65_HS1-834228961_62-HQ-83894_Serial_130
Agency: FBI
Page 97
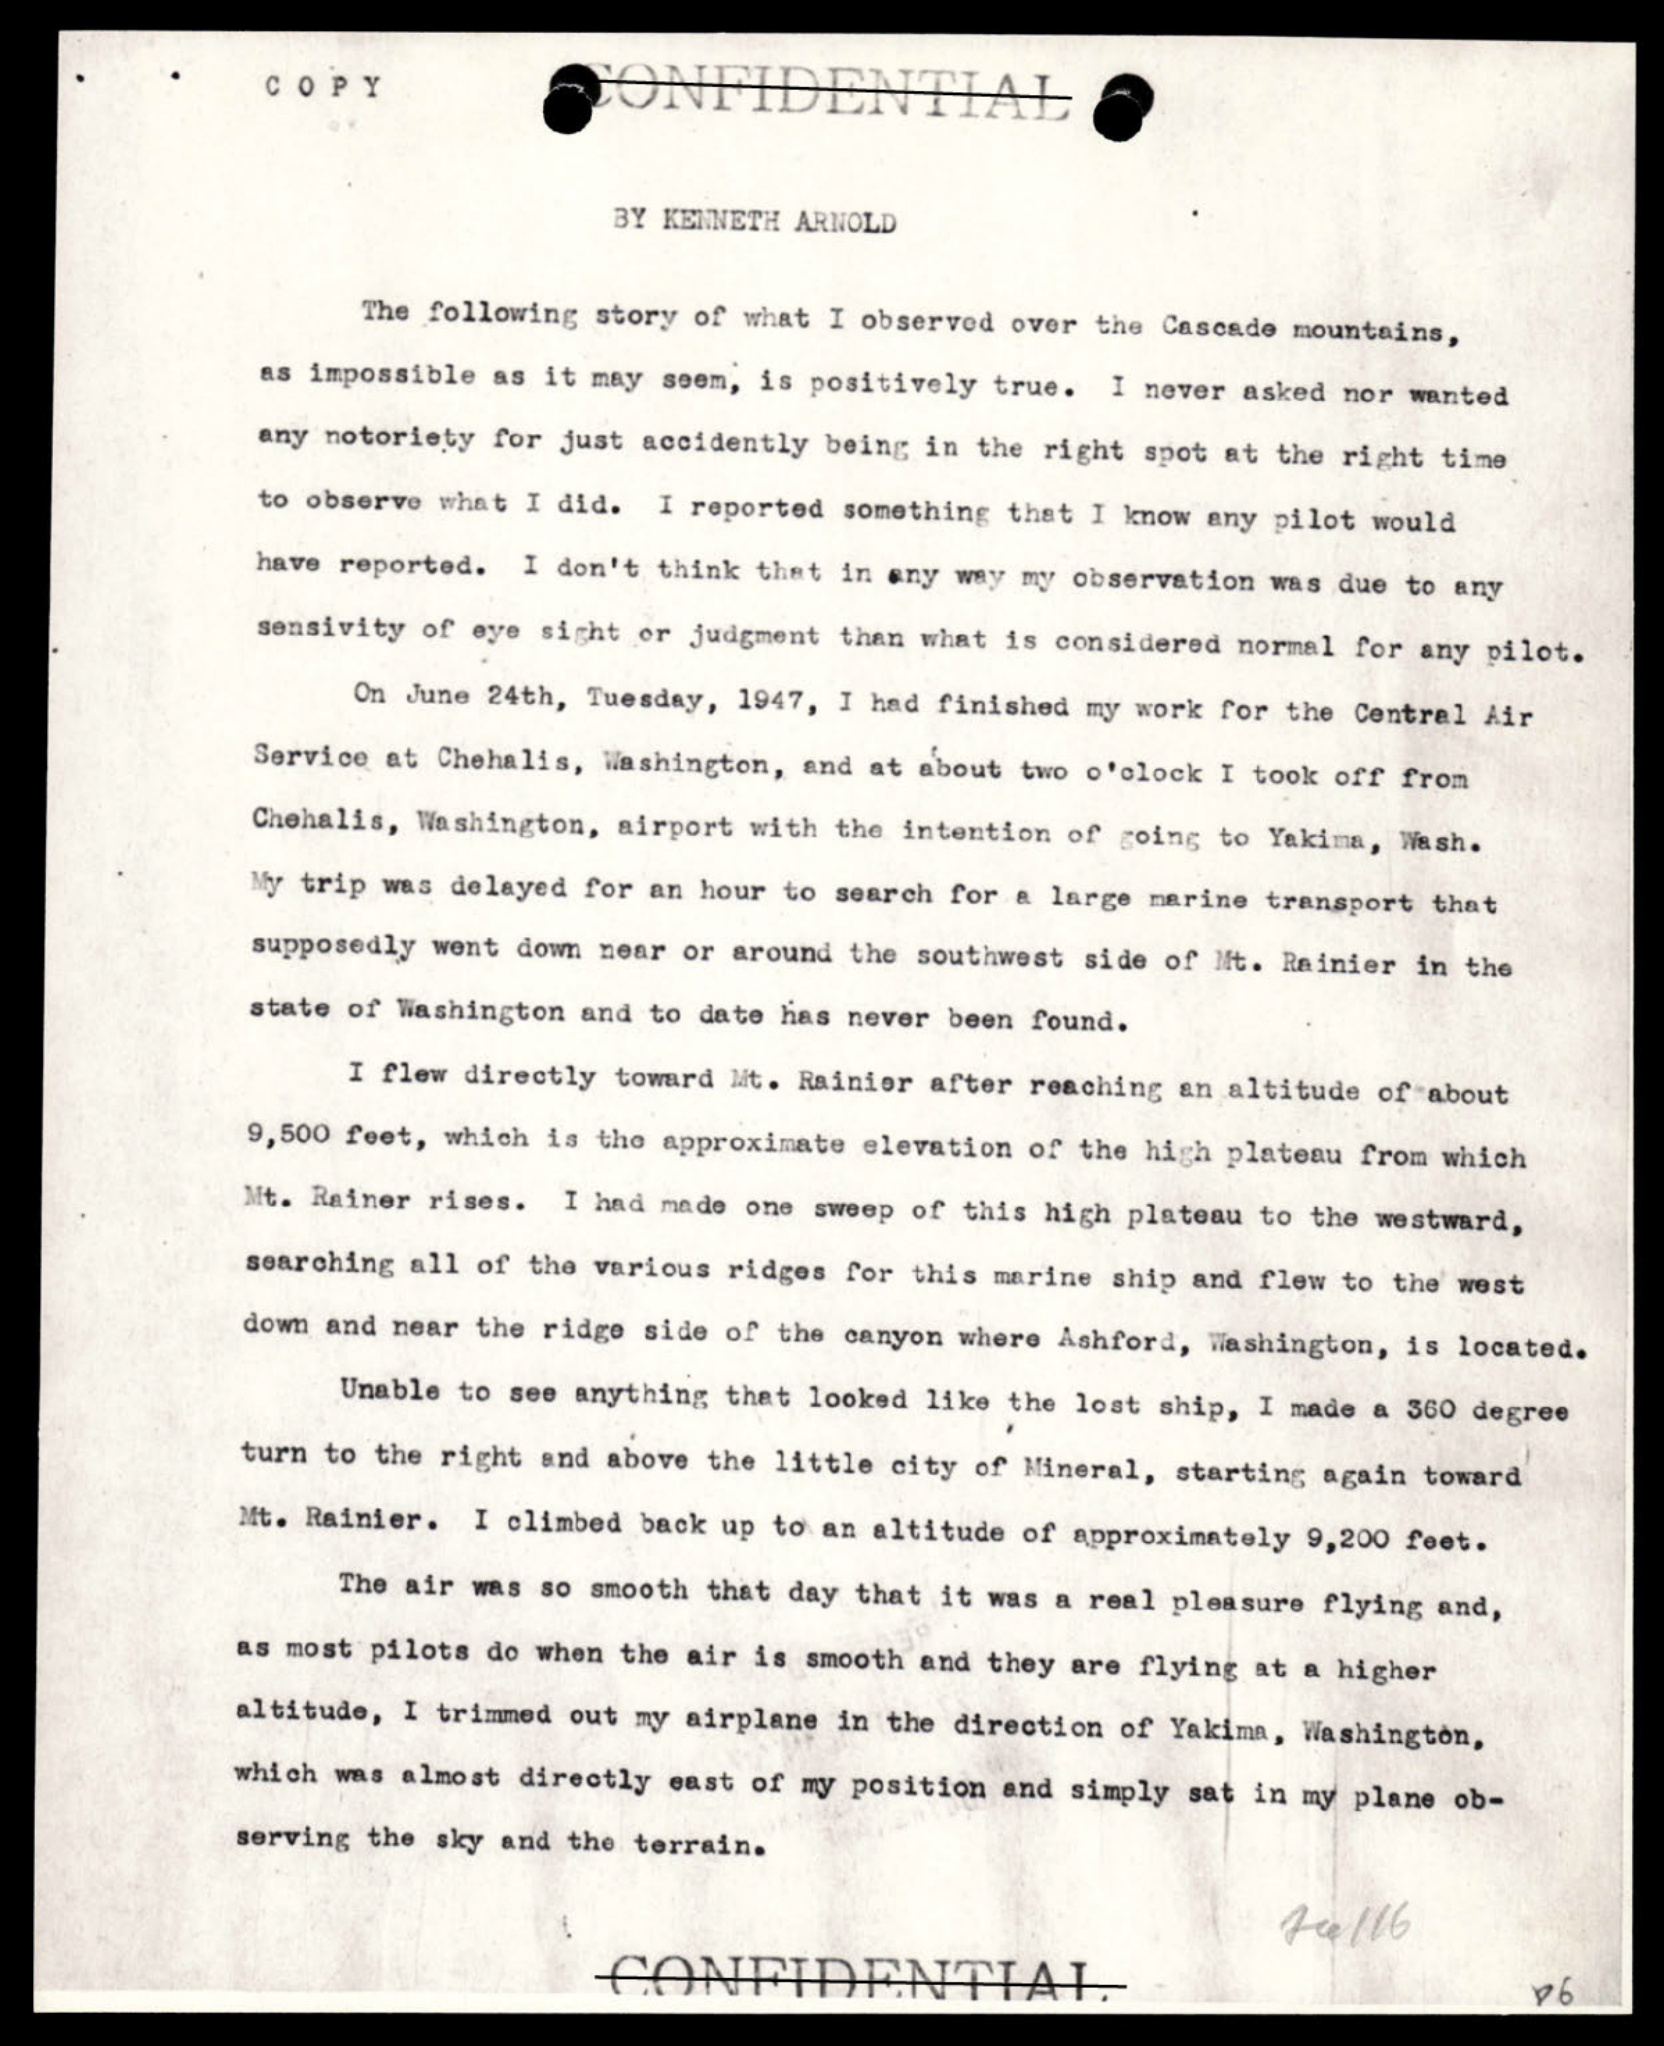